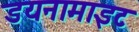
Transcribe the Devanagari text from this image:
डयनामाइट